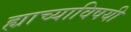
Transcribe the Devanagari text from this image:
ह्याच्याविषयी